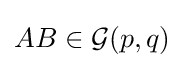
AB\in {\mathcal {G}}(p,q)